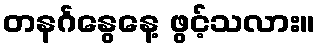
တနင်္ဂနွေနေ့ ဖွင့်သလား။